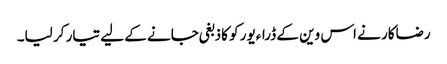
رضاکار نے اس وین کے ڈراءیور کو کاذبغی جانے کے لیے تیار کر لیا۔